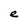
Character: e